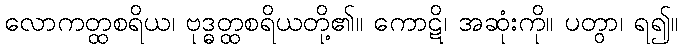
လောကတ္ထစရိယ၊ ဗုဒ္ဓတ္ထစရိယတို့၏။ ကောဋိ၊ အဆုံးကို။ ပတွာ၊ ရ၍။